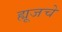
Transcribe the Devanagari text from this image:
ह्यूजचे